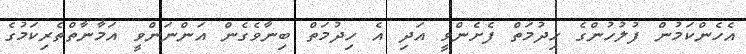
އެހެންކަމުން ފުލުހުންގެ ހިދުމަތް ފެށެންވީ އަދި އެ ހިދުމަތް ބިނާވެގެން އަންނަންވީ އަމާނާތްތެރިކަމުގެ